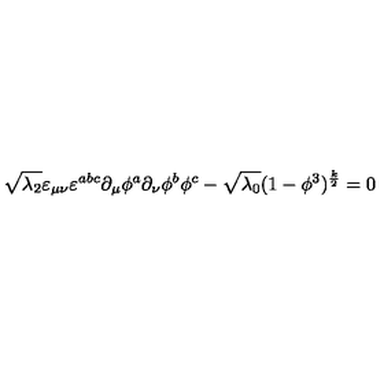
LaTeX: \sqrt { \lambda _ { 2 } } \varepsilon _ { \mu \nu } \varepsilon ^ { a b c } \partial _ { \mu } \phi ^ { a } \partial _ { \nu } \phi ^ { b } \phi ^ { c } - \sqrt { \lambda _ { 0 } } ( 1 - \phi ^ { 3 } ) ^ { \frac { k } { 2 } } = 0